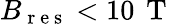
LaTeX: B_{\mathrm{~r~e~s~}}<10\, \mathrm{~T~}